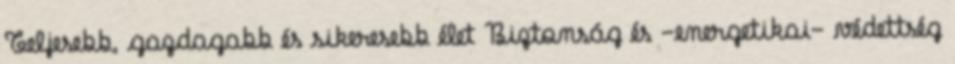
Teljesebb, gazdagabb és sikeresebb élet Biztonság és -energetikai- védettség